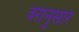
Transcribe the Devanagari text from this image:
वरानुसार